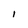
Character: I